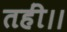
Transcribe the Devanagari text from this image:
तहीं।।